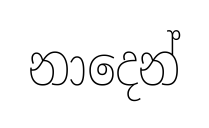
නාදෙන්